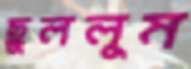
ছুললুম